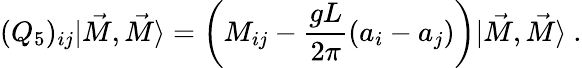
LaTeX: (Q_{5})_{ij}|\vec{M},\vec{M}\rangle=\left(M_{ij}-\frac{gL}{2\pi}\left(a_{i}-a_{j}\right)\right)|\vec{M},\vec{M}\rangle\ .